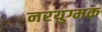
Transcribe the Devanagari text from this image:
नरयुग्मक